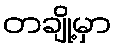
တချို့မှာ